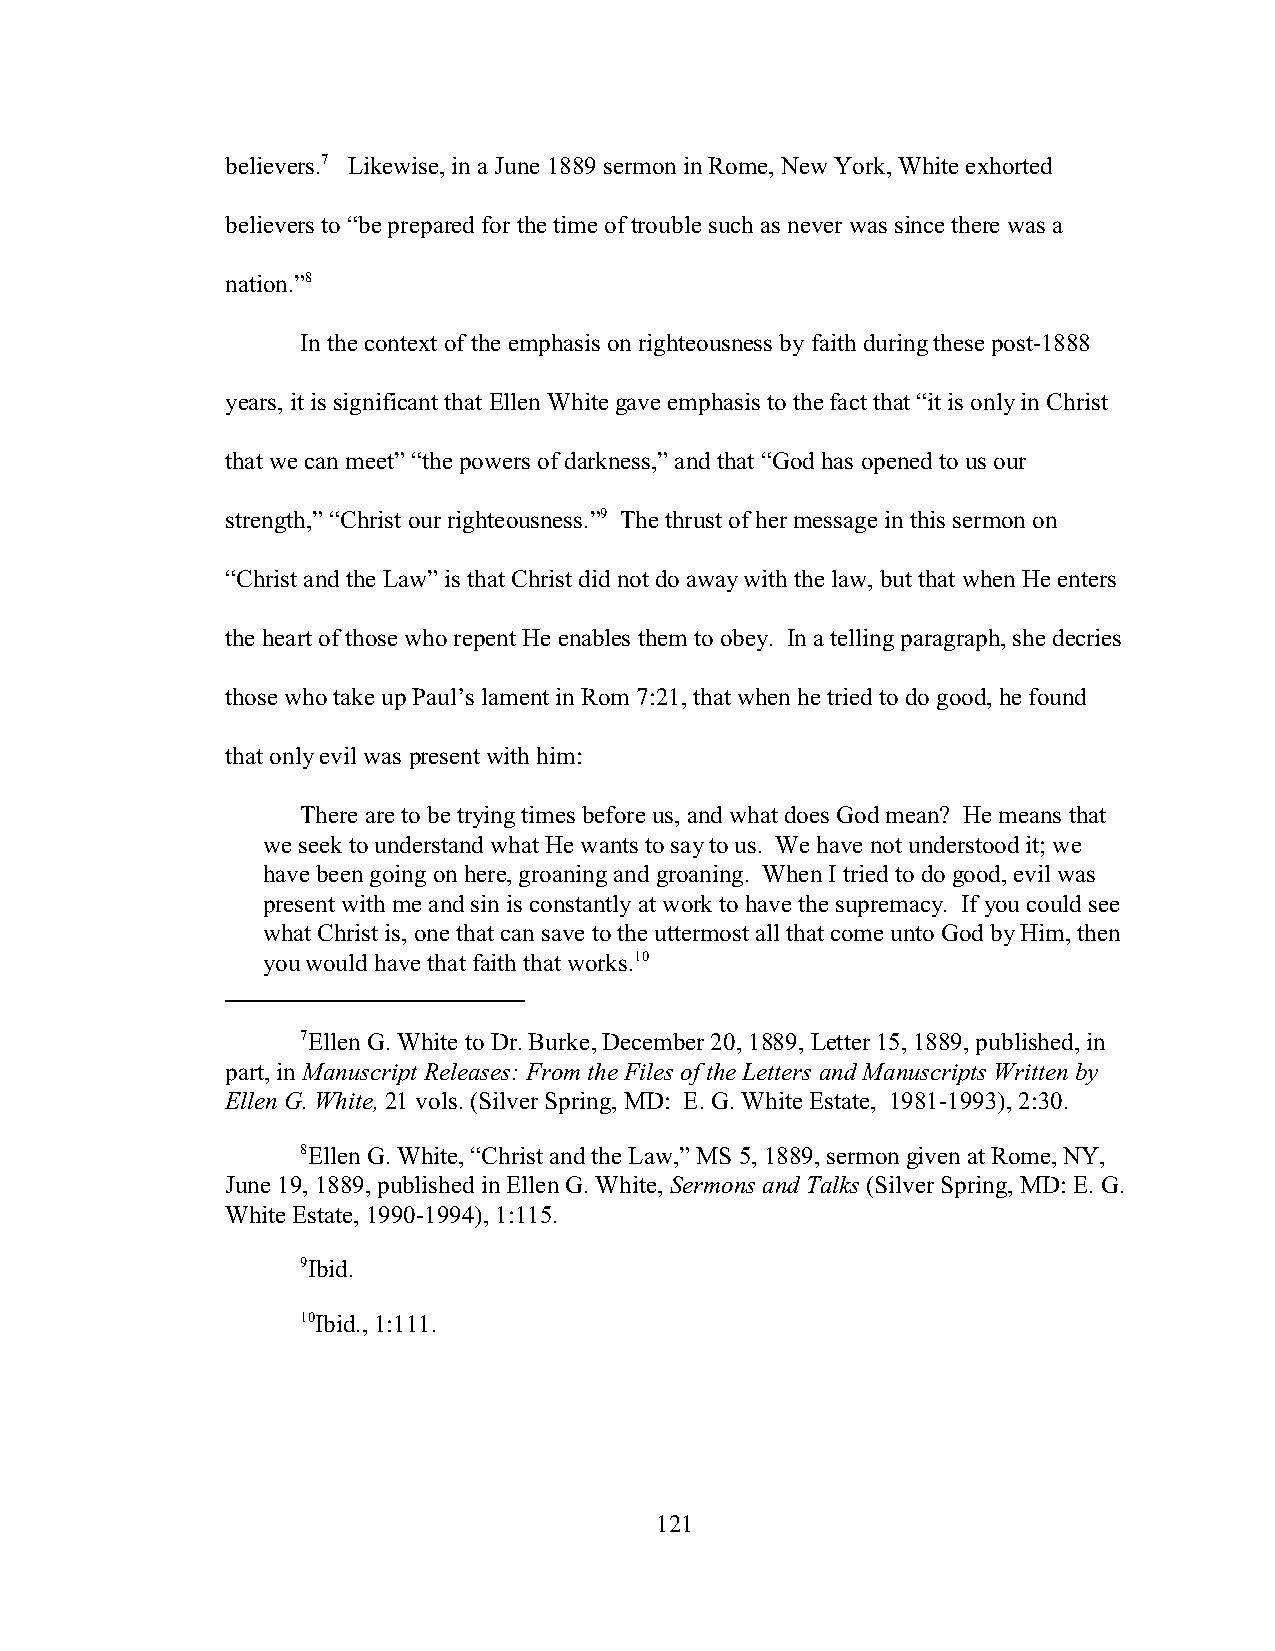
believers.7 Likewise, in a June 1889 sermon in Rome, New York, White exhorted
 believers to “be prepared for the time of trouble such as never was since there was a
 nation.”8
 In the context of the emphasis on righteousness by faith during these post-1888
 years, it is significant that Ellen White gave emphasis to the fact that “it is only in Christ
 that we can meet” “the powers of darkness,” and that “God has opened to us our
 strength,” “Christ our righteousness.”9 The thrust of her message in this sermon on
 “Christ and the Law” is that Christ did not do away with the law, but that when He enters
 the heart of those who repent He enables them to obey. In a telling paragraph, she decries
 those who take up Paul’s lament in Rom 7:21, that when he tried to do good, he found
 that only evil was present with him:
 There are to be trying times before us, and what does God mean? He means that
 we seek to understand what He wants to say to us. We have not understood it; we
 have been going on here, groaning and groaning. When I tried to do good, evil was
 present with me and sin is constantly at work to have the supremacy. If you could see
 what Christ is, one that can save to the uttermost all that come unto God by Him, then
 you would have that faith that works.10
 7Ellen G. White to Dr. Burke, December 20, 1889, Letter 15, 1889, published, in
 part, in Manuscript Releases: From the Files of the Letters and Manuscripts Written by
 Ellen G. White, 21 vols. (Silver Spring, MD: E. G. White Estate, 1981-1993), 2:30.
 8Ellen G. White, “Christ and the Law,” MS 5, 1889, sermon given at Rome, NY,
 June 19, 1889, published in Ellen G. White, Sermons and Talks (Silver Spring, MD: E. G.
 White Estate, 1990-1994), 1:115.
 9Ibid.
 10Ibid., 1:111.
 121